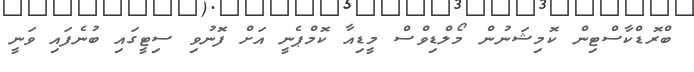
ބްރޮޑްކާސްޓިން ކޮމިޝަނުން މޯލްޑިވްސް މީޑިއާ ކޮމްޕެނީ އަށް ފޮނުވި ސިޓީގައި ބުނެފައި ވަނީ